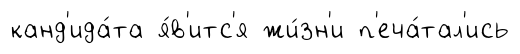
канд'ида́та я́в'итс'я жи́зн'и п'еча́тал'ись